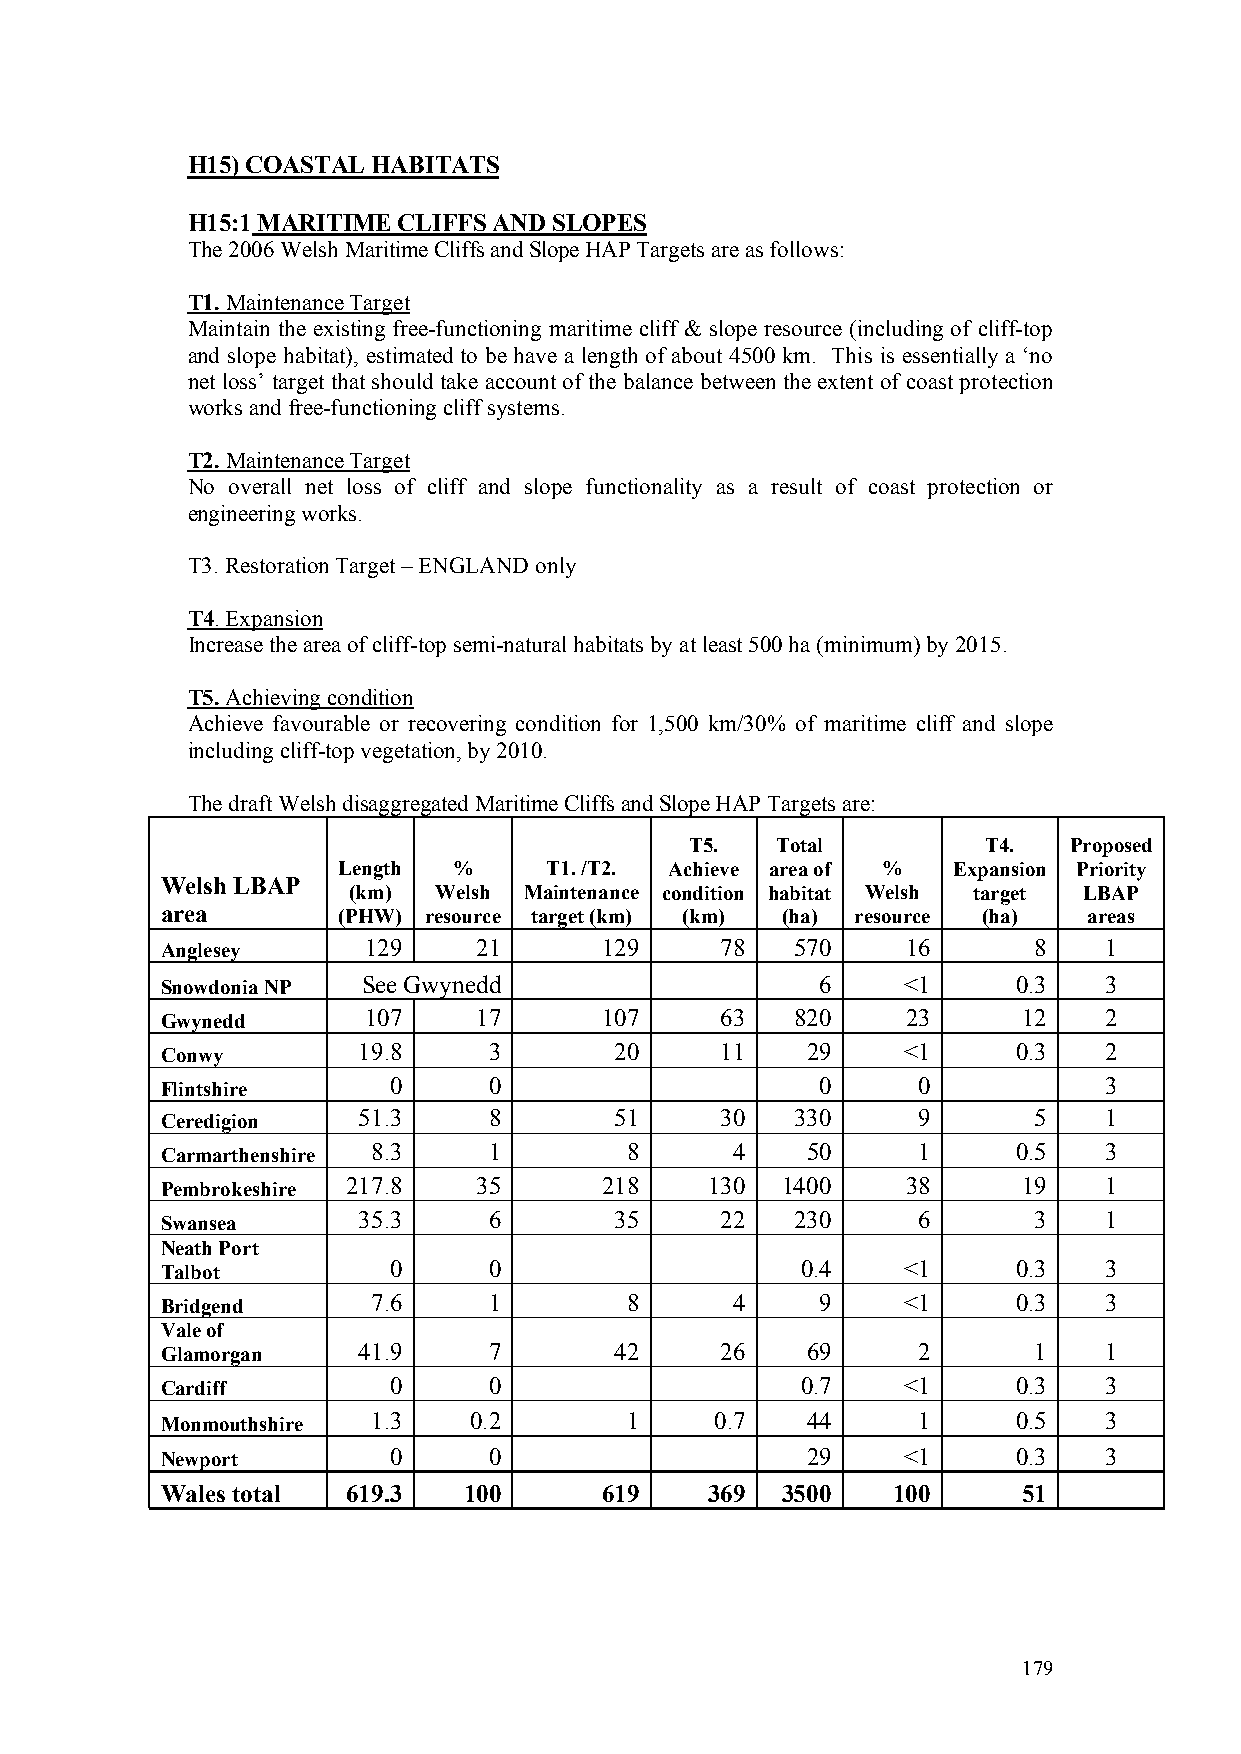
H15) COASTAL HABITATS
 H15:1MARITIME CLIFFS AND SLOPES
 The 2006 Welsh Maritime Cliffs and Slope HAP Targets are as follows:
 T1. Maintenance Target
 Maintain the existing free-functioning maritime cliff & slope resource (including of cliff-top
 and slope habitat), estimated to be have a length of about 4500 km. This is essentially a ‘no
 net loss’ target that should take account of the balance between the extent of coast protection
 works and free-functioning cliff systems.
 T2. Maintenance Target
 No overall net loss of cliff and slope functionality as a result of coast protection or
 engineering works.
 T3. Restoration Target – ENGLAND only
 T4. Expansion
 Increase the area of cliff-top semi-natural habitats by at least 500 ha (minimum) by 2015.
 T5. Achieving condition
 Achieve favourable or recovering condition for 1,500 km/30% of maritime cliff and slope
 including cliff-top vegetation, by 2010.
 The draft Welsh disaggregated Maritime Cliffs and Slope HAP Targets are:
 T5.  Total         T4.   Proposed
 Length  %     T1. /T2. Achieve area of % Expansion Priority
 Welsh LBAP
 (km)  Welsh Maintenance condition habitat Welsh target LBAP
 area       (PHW) resource target (km) (km) (ha) resource (ha) areas
 Anglesey     129    21       129     78   570    16      8    1
 Snowdonia NP See Gwynedd                   6     <1     0.3   3
 Gwynedd      107    17       107     63   820    23      12   2
 Conwy        19.8    3        20     11   29     <1     0.3   2
 Flintshire     0     0                     0      0           3
 Ceredigion   51.3    8        51     30   330     9      5    1
 Carmarthenshire 8.3  1        8      4    50      1     0.5   3
 Pembrokeshire 217.8 35       218    130  1400    38      19   1
 Swansea      35.3    6        35     22   230     6      3    1
 Neath Port
 Talbot         0     0                    0.4    <1     0.3   3
 Bridgend      7.6    1        8      4     9     <1     0.3   3
 Vale of
 Glamorgan    41.9    7        42     26   69      2      1    1
 Cardiff        0     0                    0.7    <1     0.3   3
 Monmouthshire 1.3   0.2       1     0.7   44      1     0.5   3
 Newport        0     0                    29     <1     0.3   3
 Wales total 619.3   100      619    369  3500   100      51
 179